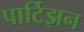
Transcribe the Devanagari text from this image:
पार्टिझन